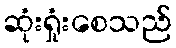
ဆုံးရှုံးစေသည်